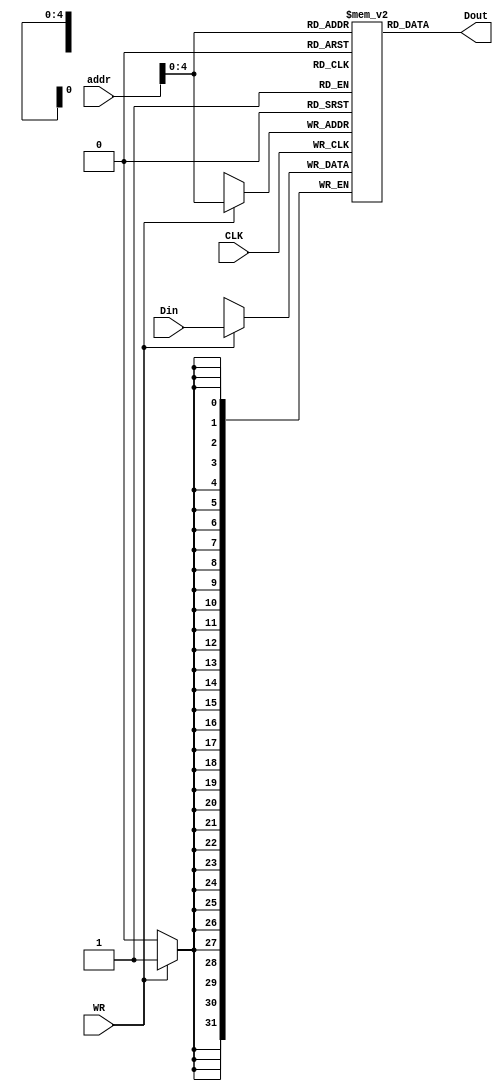
`timescale 1ns / 1ps
//////////////////////////////////////////////////////////////////////////////////
// Company: 
// Engineer: 
// 
// Design Name: 
// Module Name: DM_RAM
// Project Name: 
// Target Devices: 
// Tool Versions: 
// Description: 
// 
// Dependencies: 
// 
// Revision:
// Revision 0.01 - File Created
// Additional Comments:
// 
//////////////////////////////////////////////////////////////////////////////////

//stills needs testing
module DM_RAM #(parameter AWL=32, DWL =32)(
    input CLK,WR,
    input [AWL-1:0] addr ,
    input [DWL-1:0] Din,
    output [DWL-1:0] Dout
    );
    
//    reg [DWL-1:0] memory [2**(AWL-1)-1:0]; 
 reg [DWL-1:0] memory [AWL-1:0];    //32 by 32  could easily over flow since address allows up 2**31 locations

    
    initial begin 
//   $readmemb("C:/Users/Jackie/Documents/FPGA_Projects/Test_Pro_componets/test",memory);


  memory[15]= 17;
  memory[16]= 31;
  memory[17]= -5;
  memory[18]= -2;
  memory[19]= 250;
  
  
   end
   
   
    always @(posedge CLK) begin
    if (WR) begin
    memory [addr] <= Din;
    end
      
    end
    assign Dout = memory[addr];  // may need to add Read enable
    
endmodule